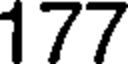
177